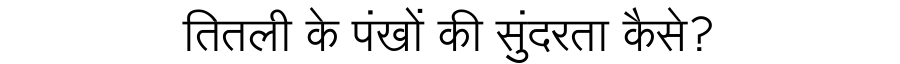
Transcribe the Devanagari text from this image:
तितली के पंखों की सुंदरता कैसे?